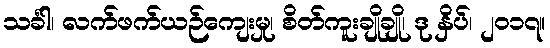
သင်္ခါ၊ လက်ဖက်ယဉ်ကျေးမှု၊ စိတ်ကူးချိုချို၊ ဒု နှိပ်၊ ၂၀၁၇။